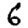
Digit: 6